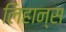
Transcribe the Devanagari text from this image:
लिहान्स